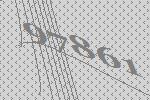
97861